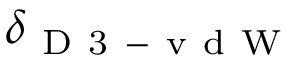
\delta _ { \mathrm { ~ D ~ 3 ~ - ~ v ~ d ~ W ~ } }